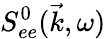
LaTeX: S_{ee}^{0}(\vec{k},\omega)